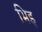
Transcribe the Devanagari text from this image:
भिइ